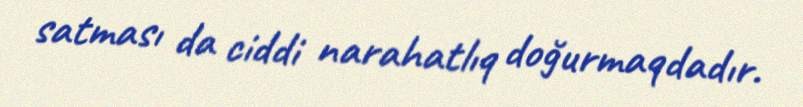
satması da ciddi narahatlıq doğurmaqdadır.